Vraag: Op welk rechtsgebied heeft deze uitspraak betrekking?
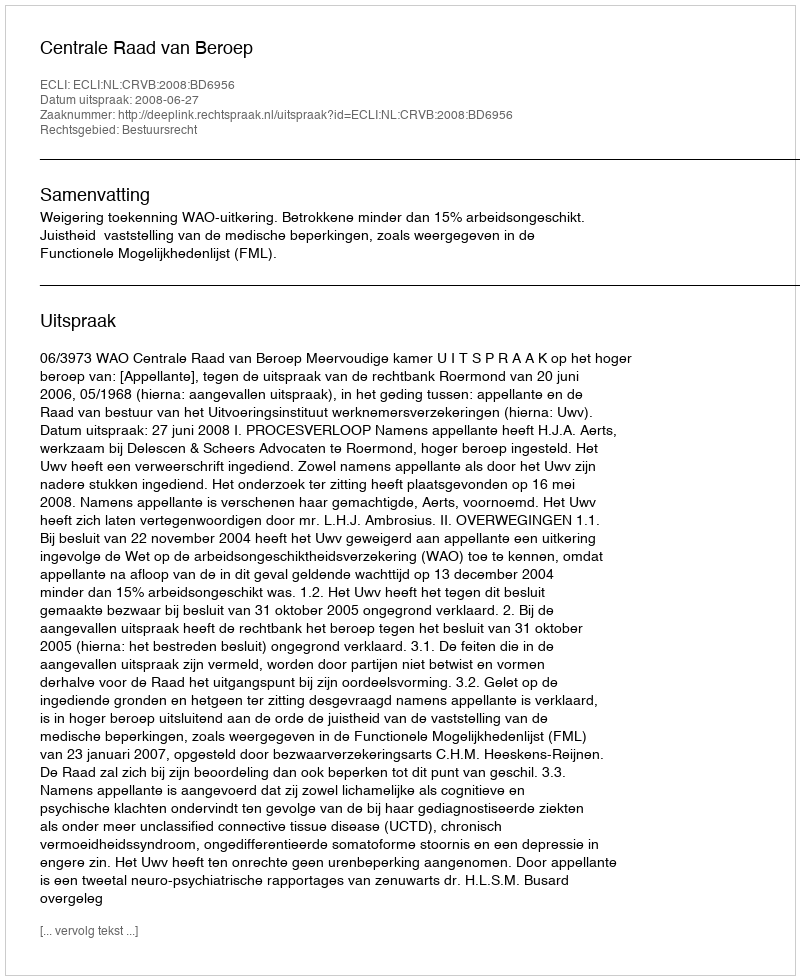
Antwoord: Bestuursrecht